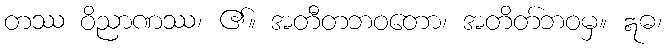
တဿ ဝိညာဏဿ၊ ၏။ အတီတဘဝတော၊ အတိတ်ဘဝမှ။ ဣဓ၊